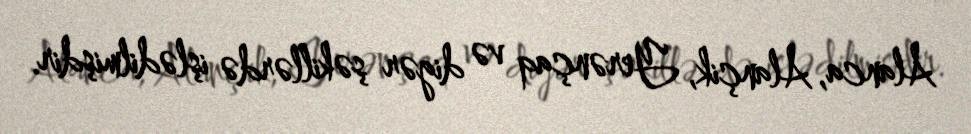
Alanca, Alançik, Yerənçaq və digər şəkillərdə işlədilmişdir.